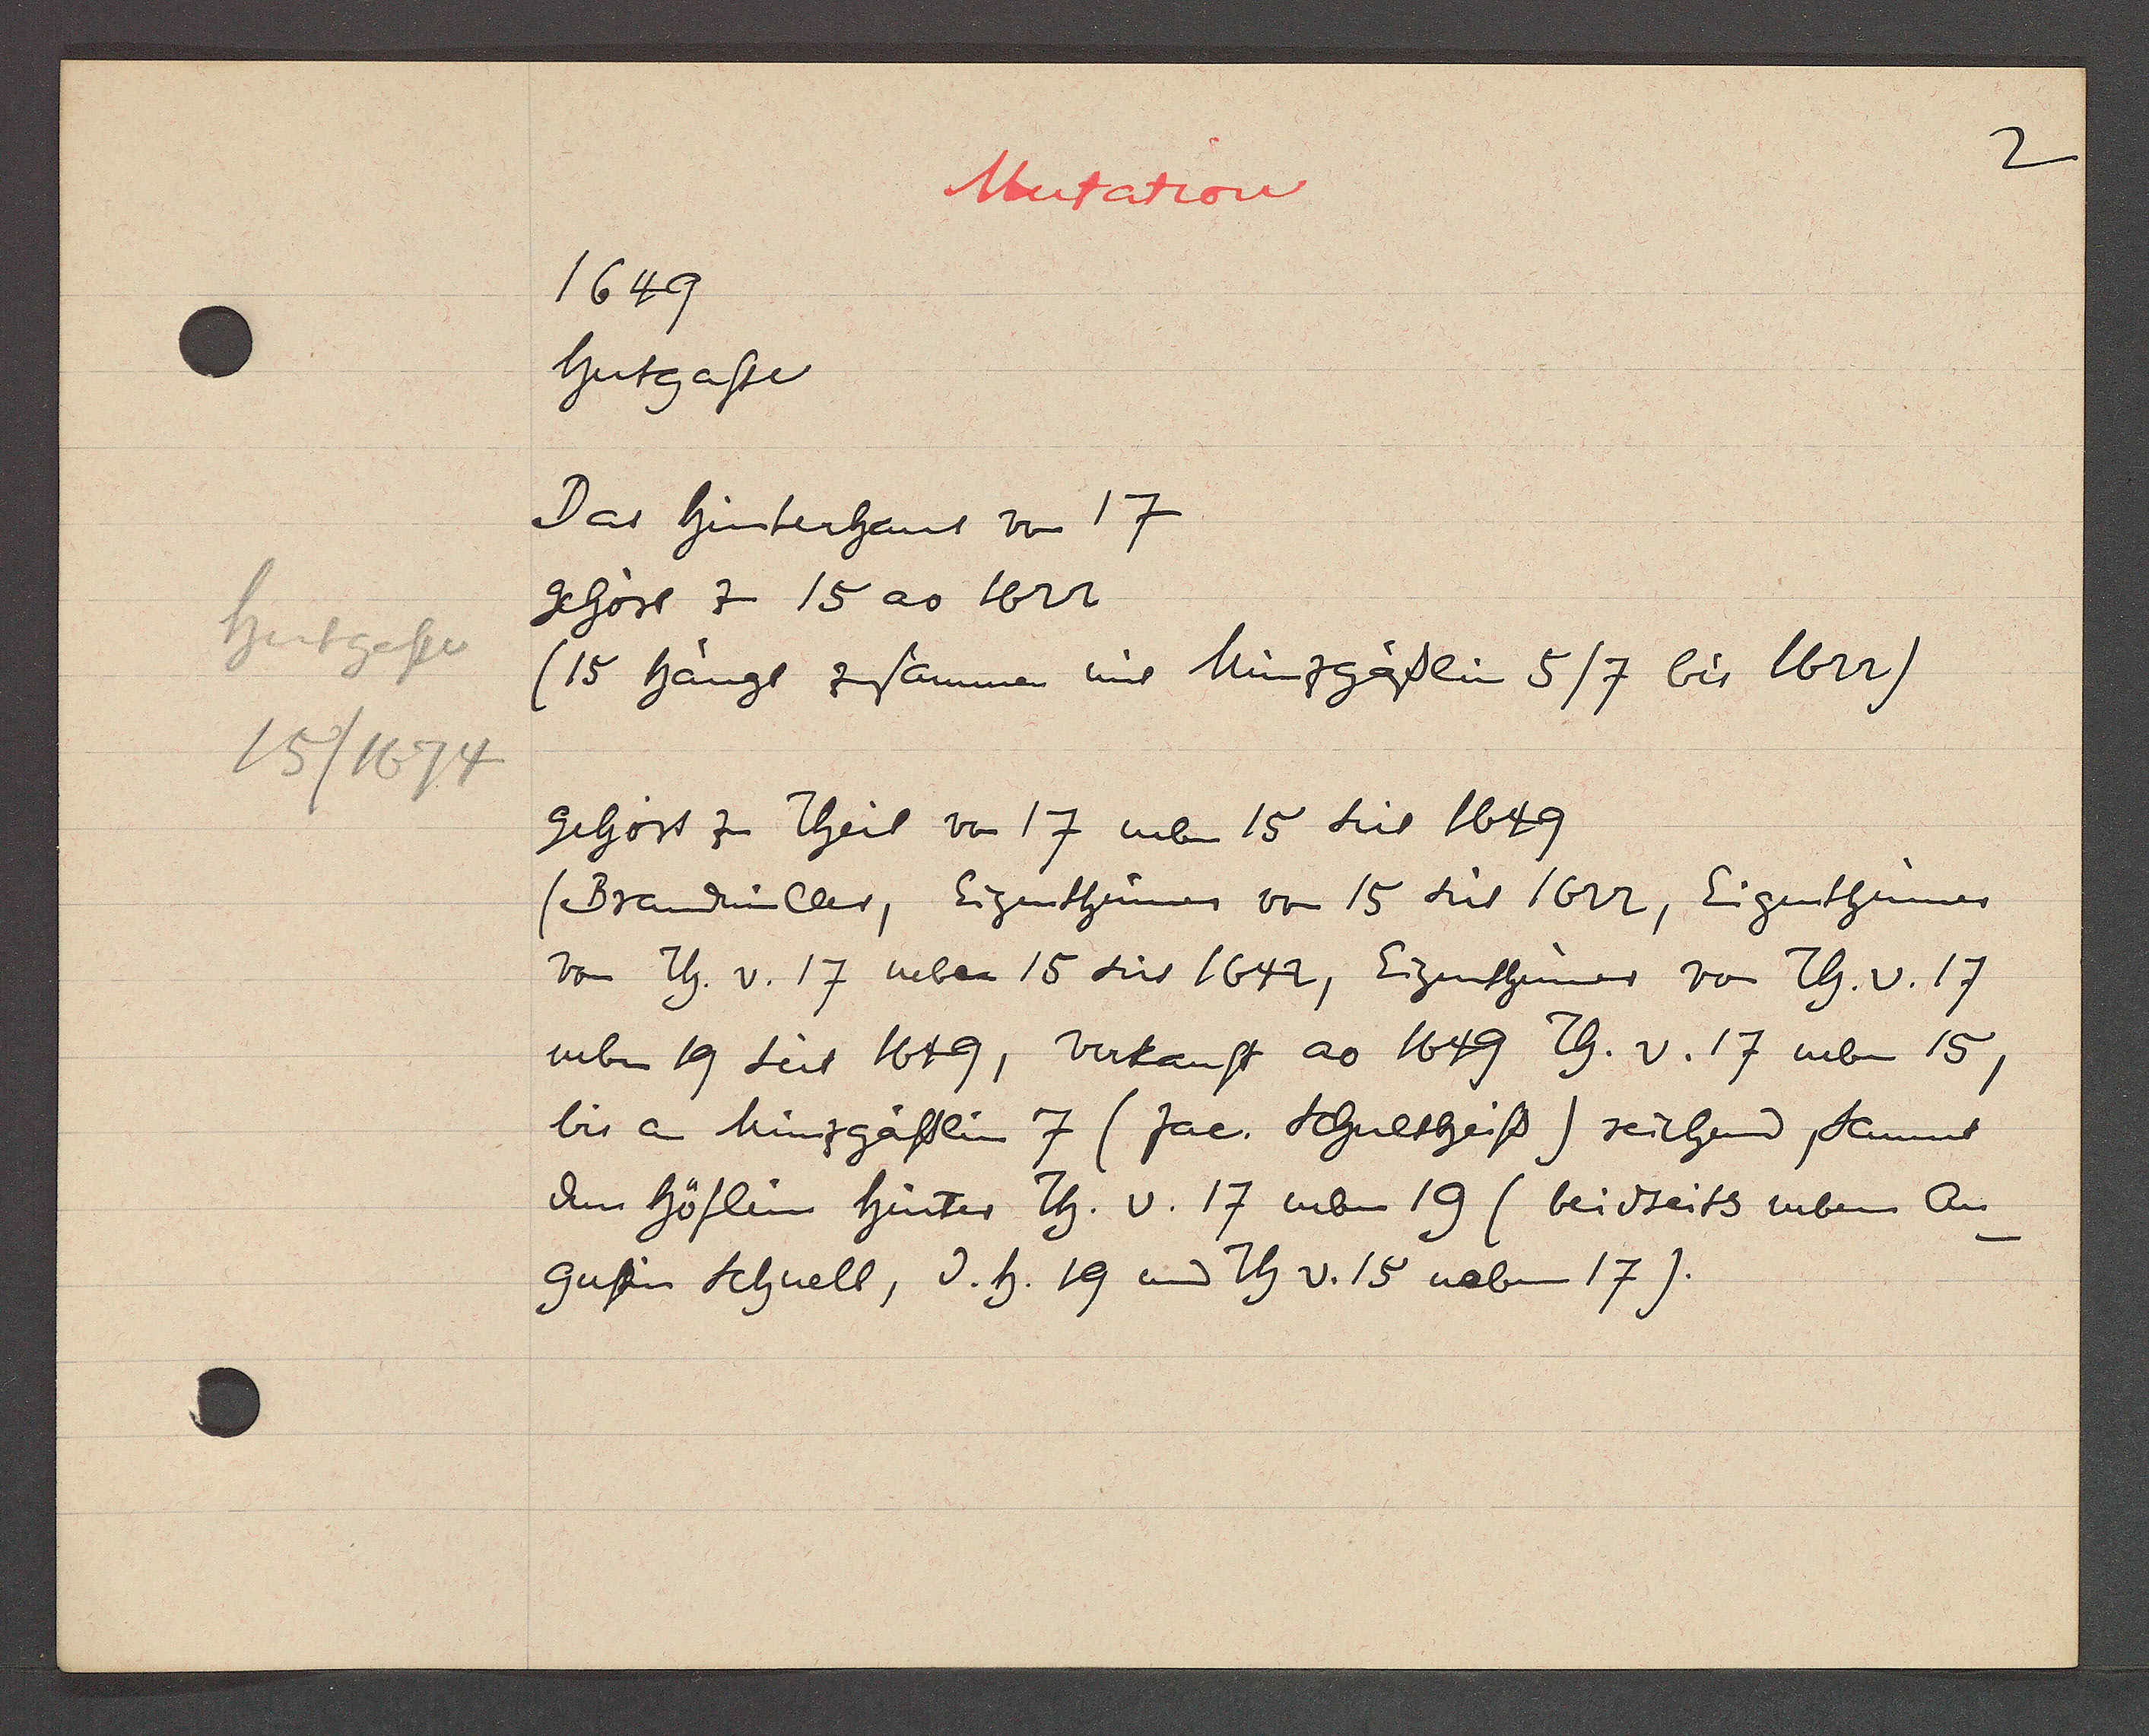
Transcript:
hutgasse
15/1674

Mutation

1649
hutgasse
Das hinterhaus von 17
gehöre zu 15 ao 1622
(15 hängt zusammen mit Münzgäslin 5/7 bis 1622)
Gehörs zu Theil von 17 neben 15 seit 1649
(Brandmüller, Eigenthumer von 15 seit 1622, Eigenthumer
von Th. v. 17 neben 15 seit 1642, Eigenthumer von Th. v. 17
neben 19 seit 1649, verkauft ao 1649 Th. v. 17 neben 15
bis an Münzgässlin 7 (Jac. Schultheiss) reichend, sammt
dem höflein hinter Th. v. 17 neben 19 (beidseits neben An
gussin schnell, d. h. 19 und Th v. 15 neben 17).